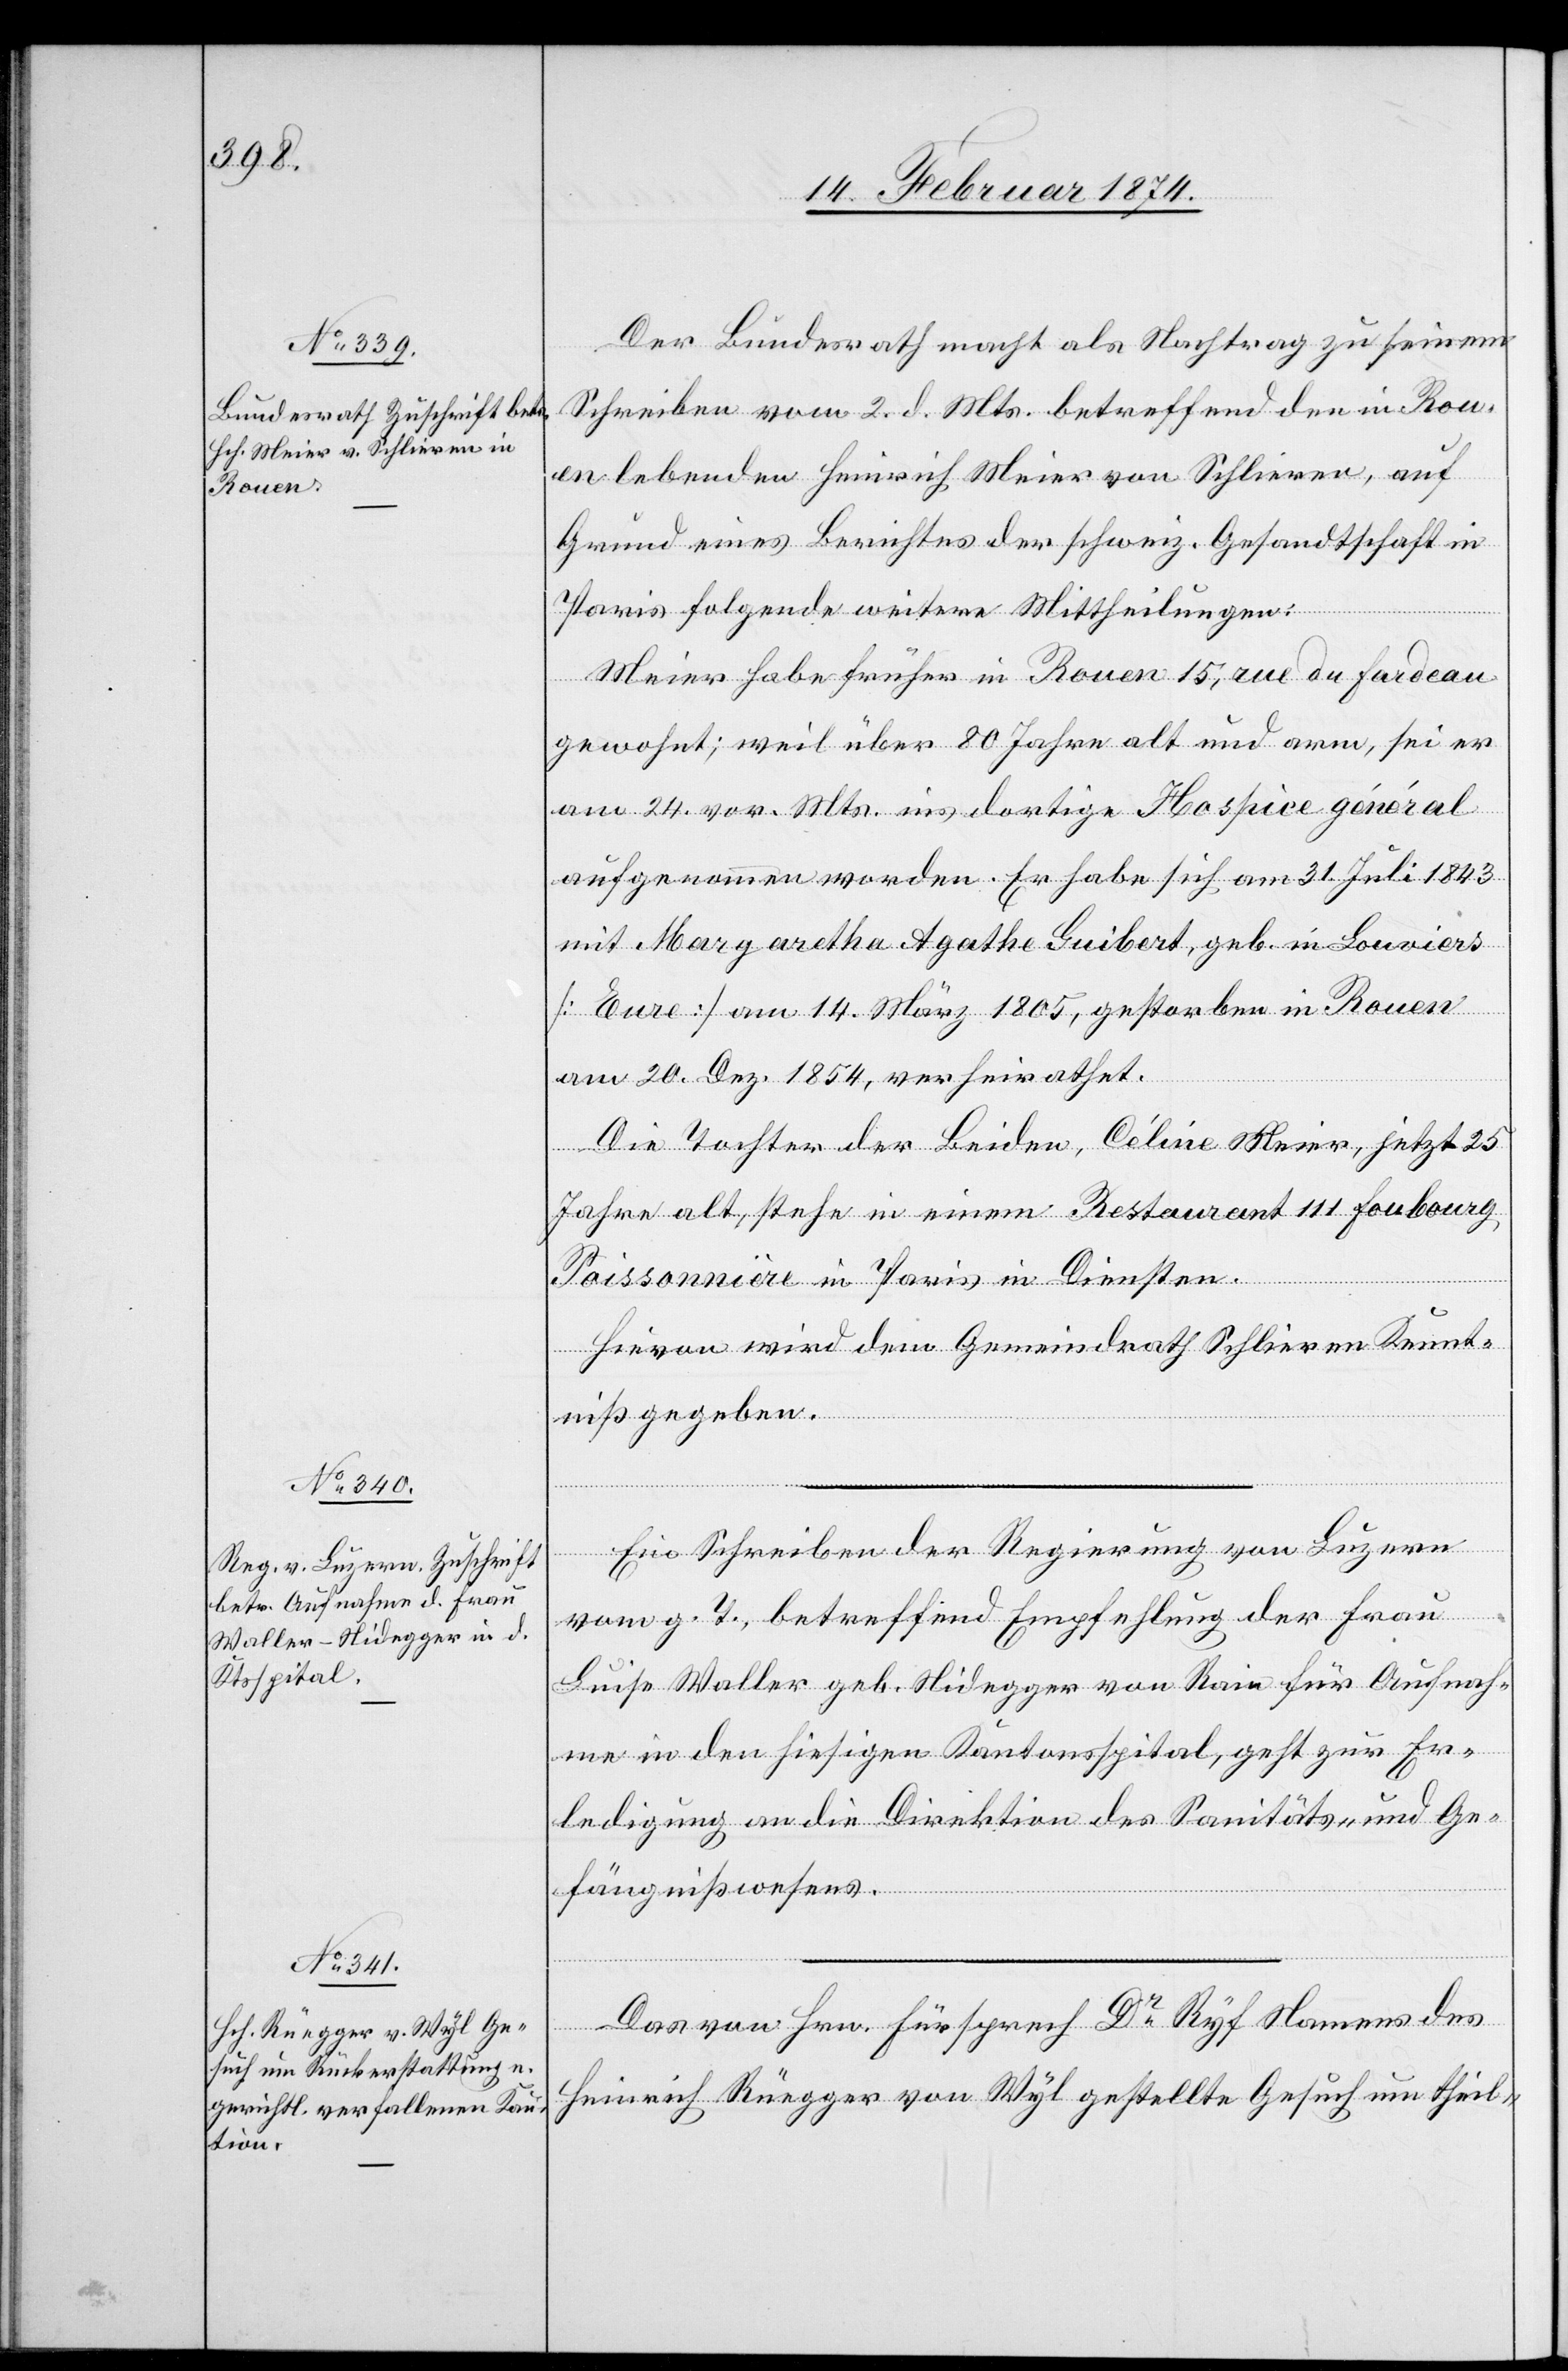
19. Februar 1874.]
Der Bundesrath macht als Nachtrag zu seinem
Schreiben vom 2. d. Mts. betreffend den in Rou¬
en lebenden Heinrich Meier von Schlieren, auf¬
grund eines Berichtes der schweiz. Gesandtschaft in
Paris folgende weitere Mittheilungen:
Meier habe früher in Rouen 15, rue de Fardeau
gewohnt; weil über 80 Jahre alt und arm, sei er
am 24. vor. Mts. ins dortige Hospice général
aufgenommen worden. Er habe sich am 31. Juli 1843
mit Margarethe Agathe Guibert, geb. in Louviers
[Eure] am 14. März 1805, gestorben in Rouen
am 20. Dez. 1854, verheirathet.
Die Tochter der Beiden, Céline Meier, jetzt 25
Jahre alt, stehe in einem Restaurant 111 Foubourg
Poissonnière in Paris in Diensten.
Hievon wird dem Gemeindrath Schlieren Kennt¬
niß gegeben.
Ein Schreiben der Regierung von Luzern
vom g. T., betreffend Empfehlung der Frau
Luise Waller geb. Nidegger von Rain für Aufnah¬
me in den hiesigen Kantonsspital, geht zur Er¬
ledigung an die Direktion des Sanitäts- und Ge¬
fängnißwesens.
Das von Hrn. Fürsprech Dr Ryf Namens des
Heinrich Rüegger von Wyl gestellte Gesuch um theil-